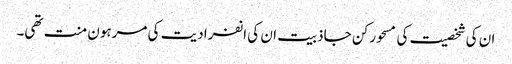
ان کی شخصیت کی مسحور کن جاذبیت ان کی انفرادیت کی مرہون منت تھی۔